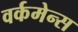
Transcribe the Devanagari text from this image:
वर्कमेन्स